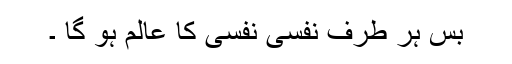
بس ہر طرف نَفْسِىْ نَفْسِىْ کا عالَم ہو گا ۔